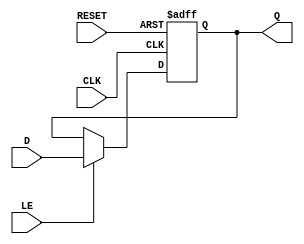
module ControlRegister (
    input wire [N-1:0] D,       // Data input
    input wire CLK,             // Clock signal
    input wire RESET,           // Reset signal (active high)
    input wire LE,              // Load Enable signal
    output reg [N-1:0] Q        // Data output
);
    parameter N = 8; // Width of the Control Register (can be modified)

    // Asynchronous reset behavior
    always @(posedge CLK or posedge RESET) begin
        if (RESET) begin
            Q <= {N{1'b0}};      // Reset the register to 0
        end else if (LE) begin
            Q <= D;              // Load data into the register
        end
        // If neither RESET nor LE is asserted, Q retains its value
    end

endmodule